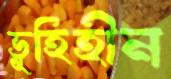
ভূহিহীন